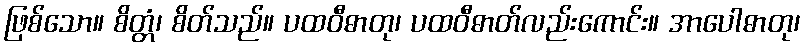
ဖြစ်သော။ စိတ္တံ၊ စိတ်သည်။ ပထဝီဓာတု၊ ပထဝီဓာတ်လည်းကောင်း။ အာပေါဓာတု၊